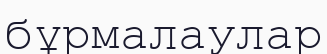
бұрмалаулар